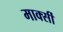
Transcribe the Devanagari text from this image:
मार्क्सी